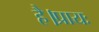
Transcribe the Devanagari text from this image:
है।प्रायः